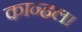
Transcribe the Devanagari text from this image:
कान्हला